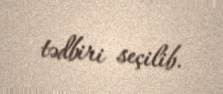
tədbiri seçilib.